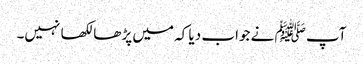
آپ ﷺ نے جواب دیا کہ میں پڑھا لکھا نہیں۔